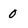
Character: o